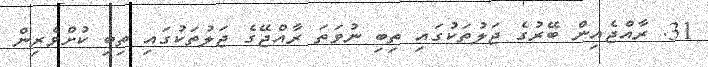
31. ރާއްޖެއިން ބޭރުގެ ޖަލުތަކުގައި ތިބި ނުވަތަ ރާއްޖޭގެ ޖަލުތަކުގައި ތިބި ކުށްވެރިން